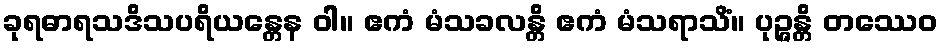
ခုရဓာရသဒိသပရိယန္တေန ဝါ။ ဧကံ မံသခလန္တိ ဧကံ မံသရာသိံ။ ပုဉ္ဇန္တိ တဿေဝ